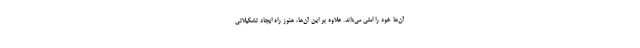
آن‌ها خود را امتي مي‌داند. علاوه بر اين آن‌ها، هنوز راه ايجاد تشكيلاتي